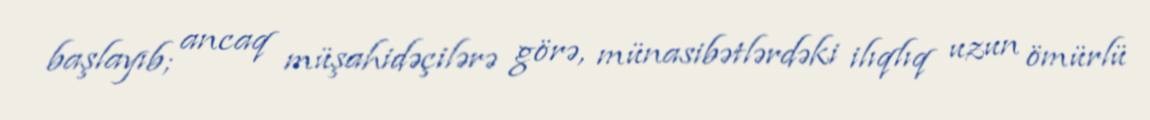
başlayıb; ancaq müşahidəçilərə görə, münasibətlərdəki ilıqlıq uzun ömürlü